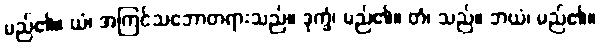
မည်၏။ ယံ၊ အကြင်သဘောတရားသည်။ ဒုက္ခံ၊ မည်၏။ တံ၊ သည်။ ဘယံ၊ မည်၏။